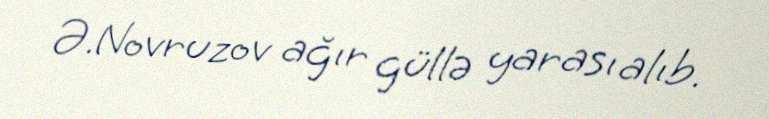
Ə.Novruzov ağır güllə yarası alıb.